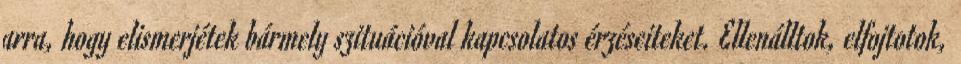
arra, hogy elismerjétek bármely szituációval kapcsolatos érzéseiteket. Ellenálltok, elfojtotok,